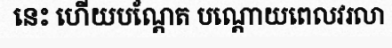
នេះ ហើយបណ្តែត បណ្តោយពេលវរលា